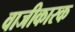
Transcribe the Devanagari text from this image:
वाजीकारक